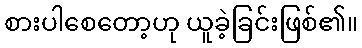
စားပါစေတော့ဟု ယူခဲ့ခြင်းဖြစ်၏။